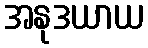
အနုဒယာယ